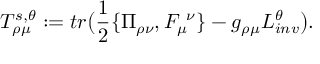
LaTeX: T _ { \rho \mu } ^ { s , \theta } : = t r \big ( { \frac { 1 } { 2 } } \{ \Pi _ { \rho \nu } , F _ { \mu } ^ { \ \nu } \} - g _ { \rho \mu } { \cal L } _ { i n v } ^ { \theta } \big ) .